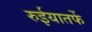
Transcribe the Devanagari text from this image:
रुईयातर्फे